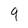
Character: 9